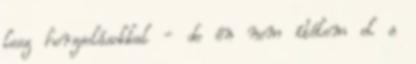
lesz horzsolásokkal - de én nem ítélem el a